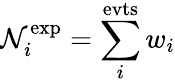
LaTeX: \mathcal{N}_{i}^{\mathrm{{exp}}}=\sum_{i}^{\mathrm{{evts}}}w_{i}